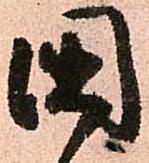
國